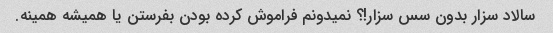
سالاد سزار بدون سس سزار!؟ نمیدونم فراموش کرده بودن بفرستن یا همیشه همینه.